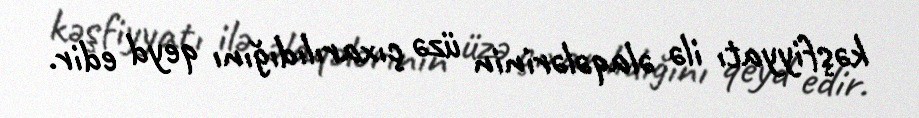
kəşfiyyatı ilə əlaqələrinin üzə çıxarılıdığını qeyd edir.